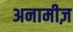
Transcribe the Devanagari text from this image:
अनामीज़